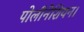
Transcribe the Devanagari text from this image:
पोलीनेशियन।